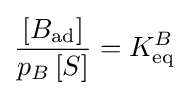
{\frac {[B_{\text{ad}}]}{p_{B}\,[S]}}=K_{\text{eq}}^{B}